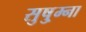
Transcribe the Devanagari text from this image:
सुषु्म्ना